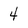
Character: 4